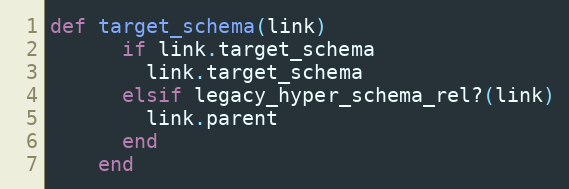
Language: Ruby
def target_schema(link)
      if link.target_schema
        link.target_schema
      elsif legacy_hyper_schema_rel?(link)
        link.parent
      end
    end